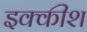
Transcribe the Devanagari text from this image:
इक्कीश